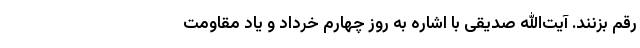
رقم بزنند. آیت‌الله صدیقی با اشاره به روز چهارم خرداد و یاد مقاومت